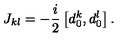
J _ { k l } = - \frac { i } { 2 } \left[ d _ { 0 } ^ { k } , d _ { 0 } ^ { l } \right] .